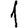
Digit: 1